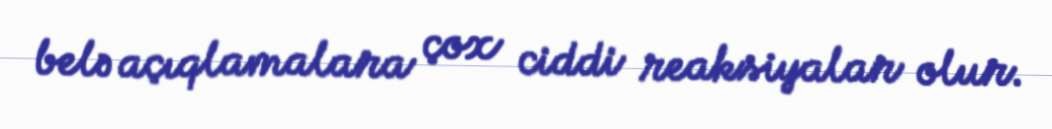
belə açıqlamalara çox ciddi reaksiyalar olur.